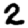
Digit: 2